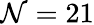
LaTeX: \mathcal{N}=21